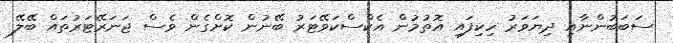
ސަބަބުންނާއި ދިޔަވަރު ހިކިފައި އޮތުމުން އެކްސްކަވޭޓަރު ބޭނުން ކޮށްގެން ވެސް ޖަނަރޭޓަރުތައް ބޭލޭ